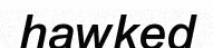
hawked